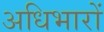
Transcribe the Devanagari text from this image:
अधिभारों